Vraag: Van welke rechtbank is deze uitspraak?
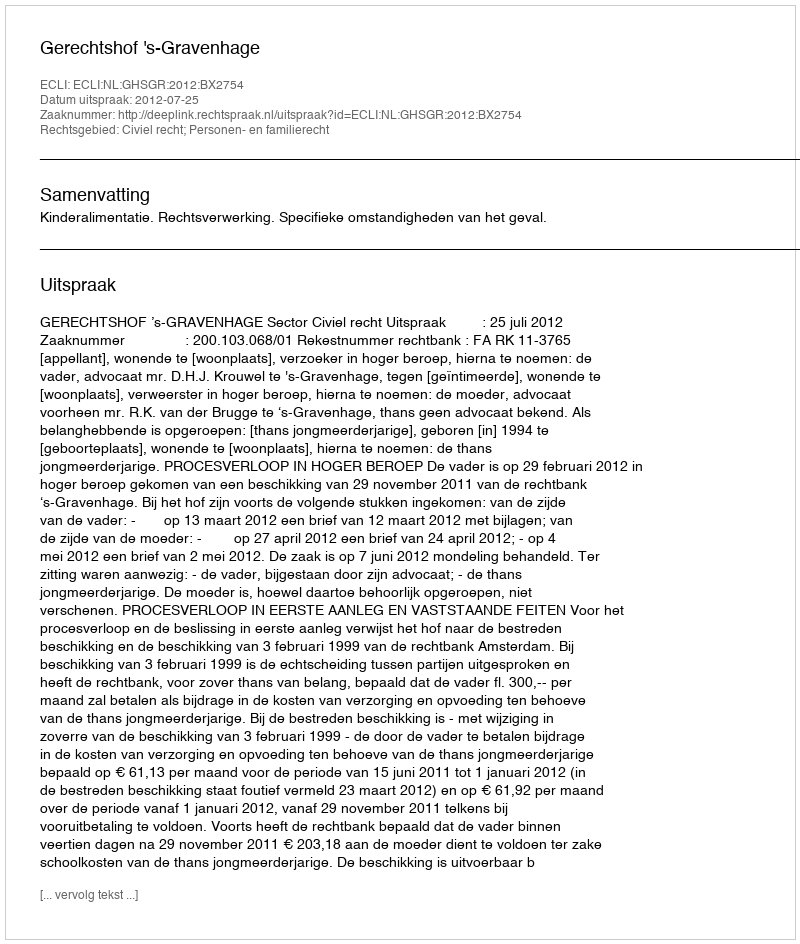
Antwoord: Gerechtshof 's-Gravenhage